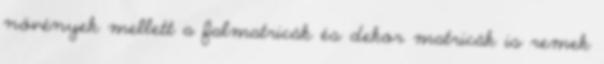
növények mellett a falmatricák és dekor matricák is remek